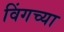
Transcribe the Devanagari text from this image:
विंगच्या